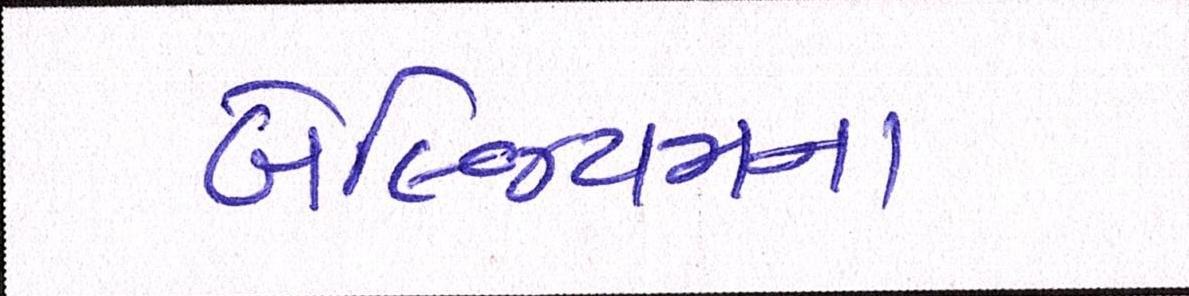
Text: બેલ્જિયમના